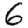
Digit: 6